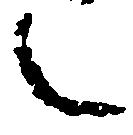
之